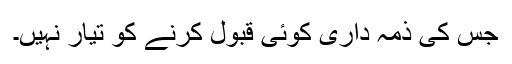
جس کی ذمہ داری کوئی قبول کرنے کو تیار نہیں۔